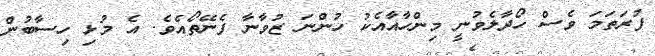
ފުރަތަމަ ވެސް ހޯދާލެވުނީ މިންހާއާއެކު ހުންނަ ޒުވާނާ ފެނޭތޯއެވެ. އެ މުޅި ހިސާބުން